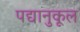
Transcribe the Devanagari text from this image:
पद्यानुकूल